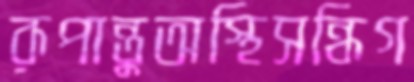
রূপান্তুঅস্থিসন্ধিগ